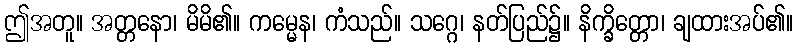
ဤအတူ။ အတ္တနော၊ မိမိ၏။ ကမ္မေန၊ ကံသည်။ သဂ္ဂေ၊ နတ်ပြည်၌။ နိက္ခိတ္တော၊ ချထားအပ်၏။